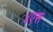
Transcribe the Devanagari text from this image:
४एस